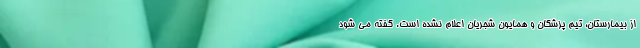
از بیمارستان، تیم پزشکان و همایون شجریان اعلام نشده است. گفته می شود